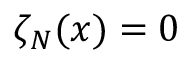
\zeta _ { N } ( x ) = 0